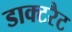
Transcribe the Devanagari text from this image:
डाक्टरैट